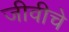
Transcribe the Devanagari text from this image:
जीवीचे